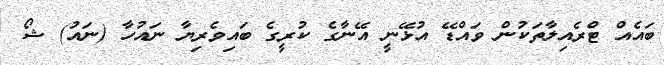
ބައެއް ޓްރެއިލާތަކުން ވައްޑޭ އުޅޭނީ އޭނާގެ ކުރީގެ ބައިވެރިޔާ ނައުހާ (ނައު) ޝޯ